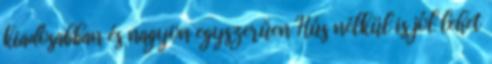
kiadósabban és nagyon egyszerűen Hús nélkül is jól lehet